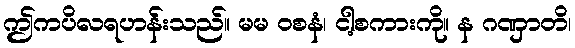
ဤကပိလရဟန်းသည်။ မမ ဝစနံ၊ ငါ့စကားကို။ န ဂဏှာတိ၊